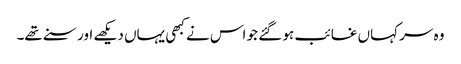
وہ سر کہاں غائب ہو گئے جو اس نے کبھی یہاں دیکھے اور سنے تھے۔